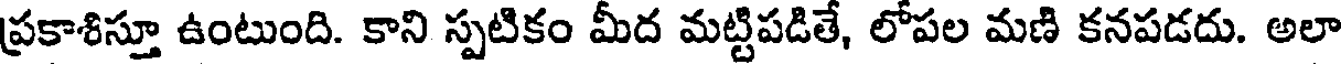
ప్రకాశిస్తూ ఉంటుంది. కాని స్పటికం మీద మట్టిపడితే, లోపల మణి కనపడదు. అలా